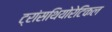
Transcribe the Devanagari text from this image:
ट्रांसथियोरेटिकल